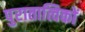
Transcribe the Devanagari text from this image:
पुरातात्विकों